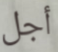
أجل